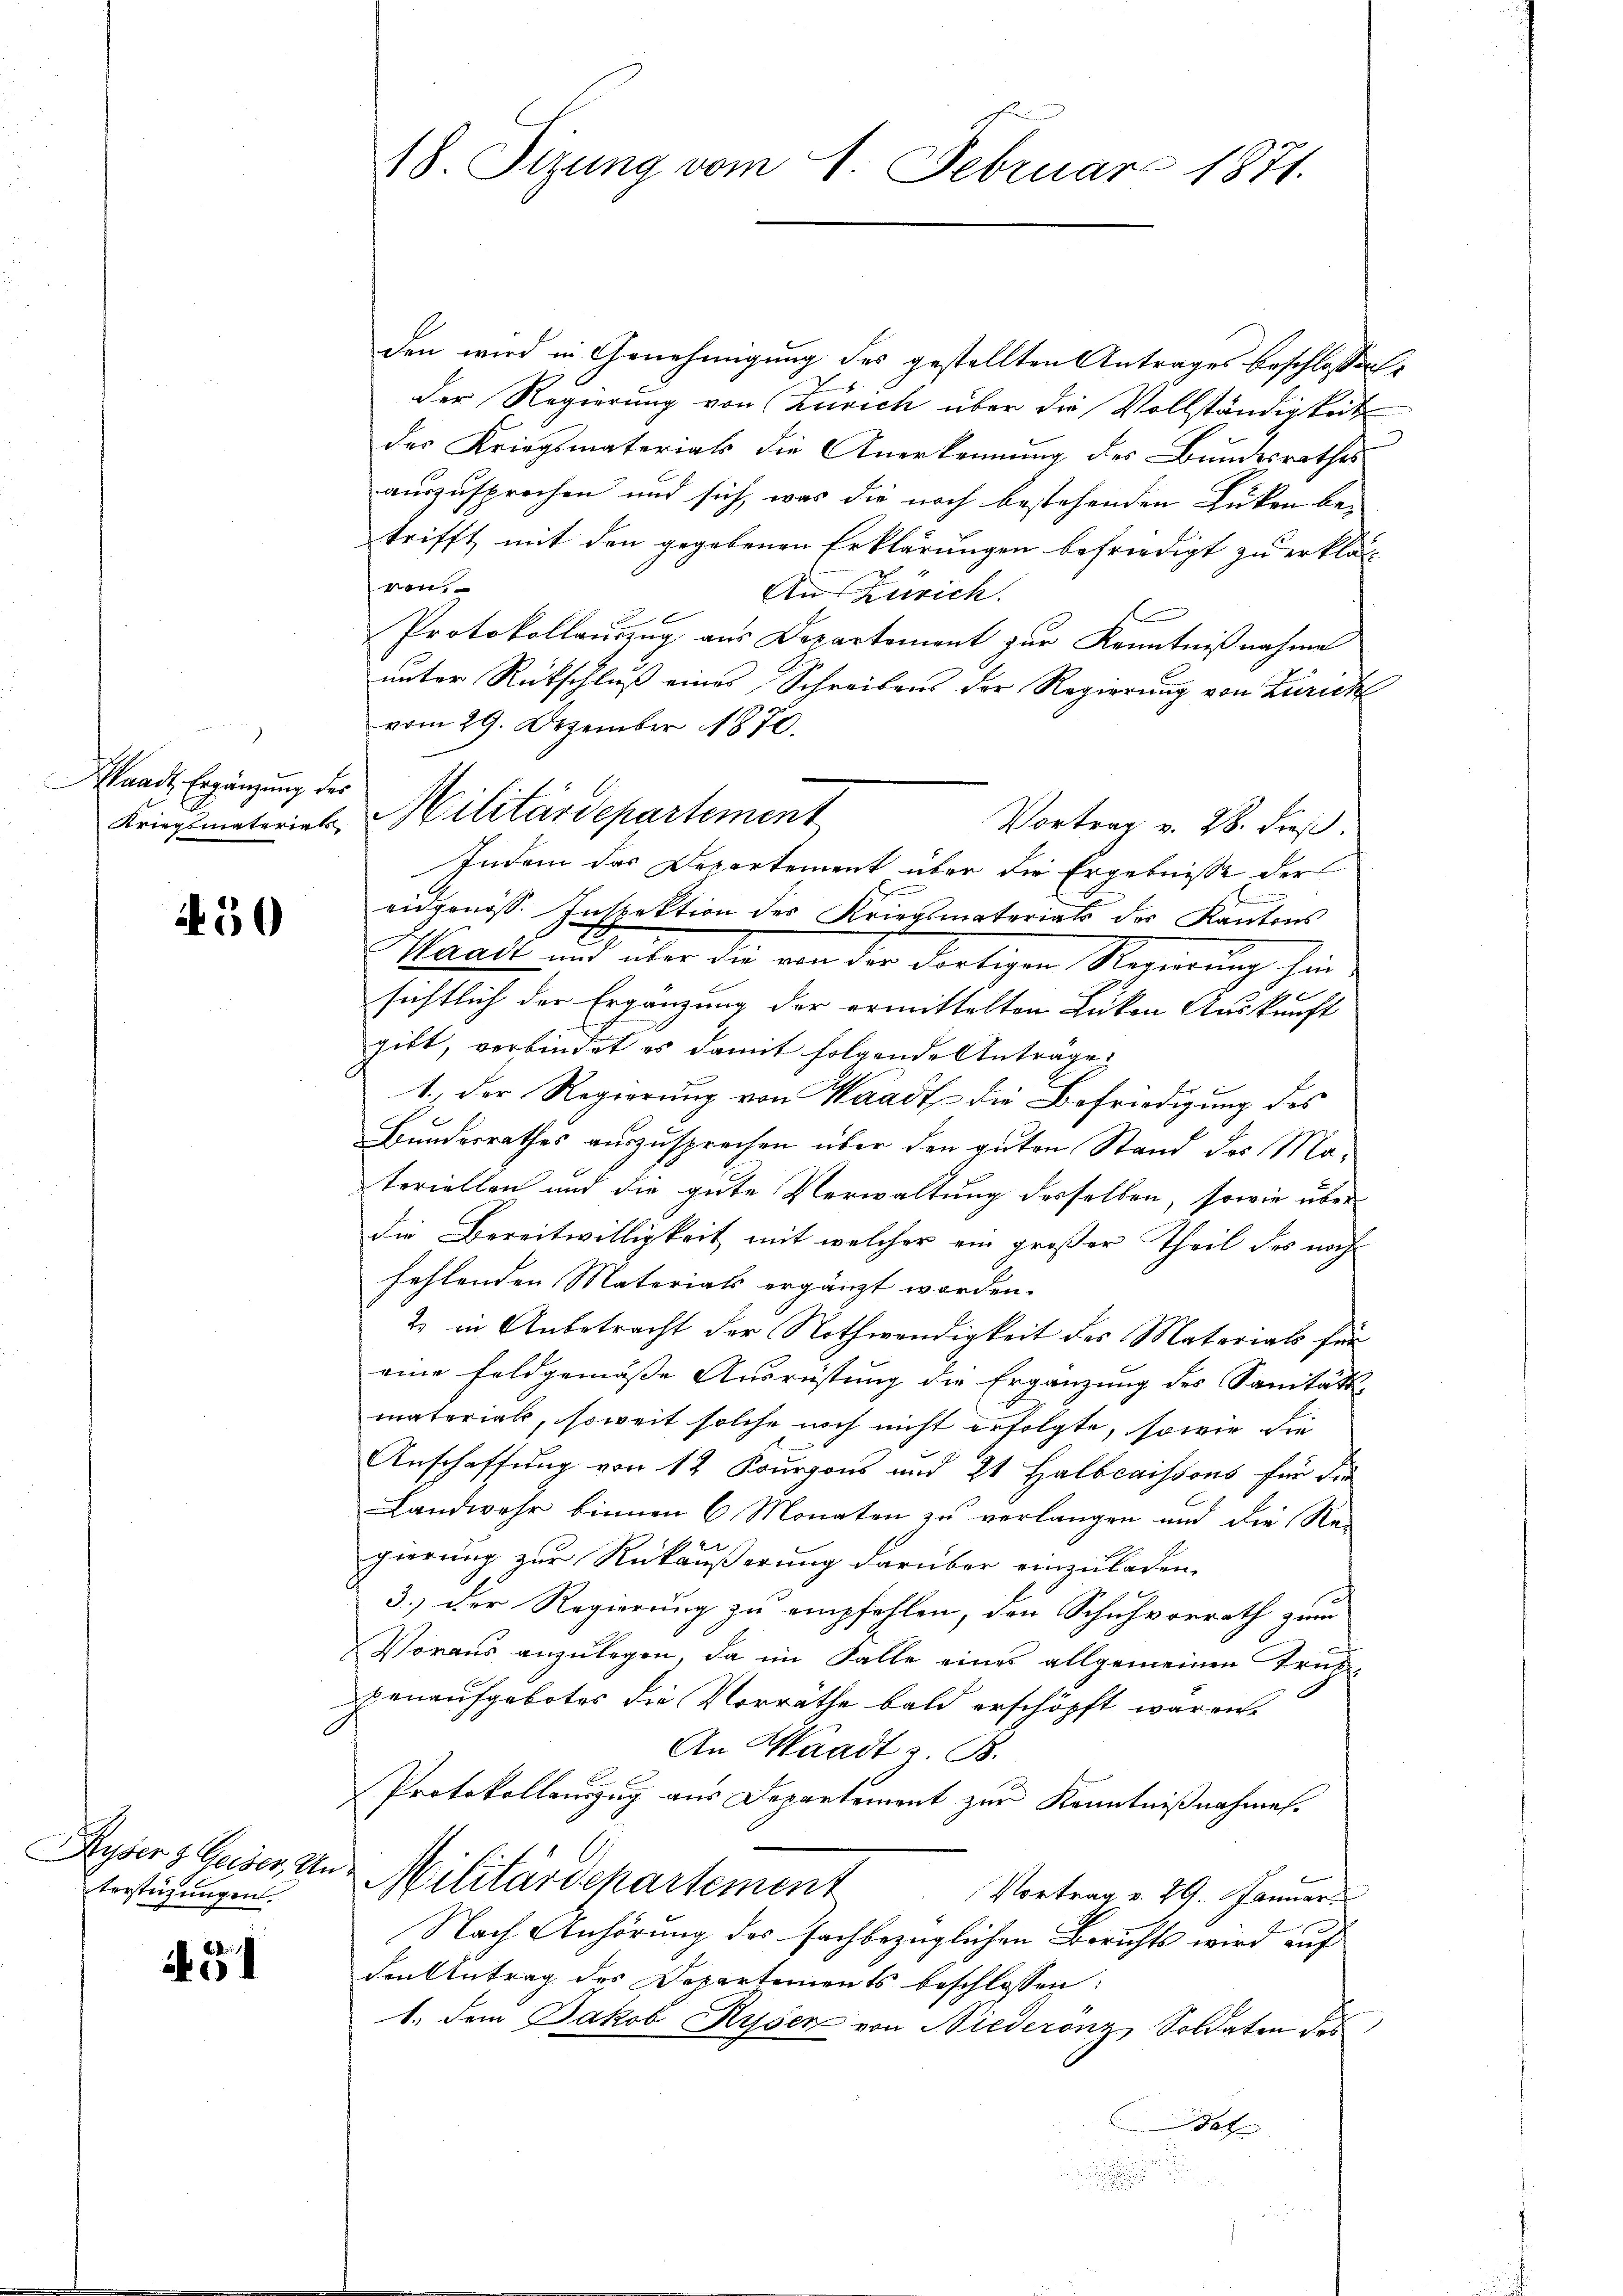
Waadt, Ergänzung des

50

Ryser 3 Geiser, An
terstüzungen.

451

18. Sizung vom 1. Februar 1871.

den wird in Genehmigung des gestellten Antrages beschlossen:
der Regierung von Zürich über die Vollständigkeit
des Kriegsmaterials die Anerkennung des Bundesrathes
auszusprochen und sich, was die noch bestehenden Luken be-
trifft mit den gegebenen Erklärungen befriedigt zu erklär
ven.
An Zürich.
x
Protokollauszug aus Departement zur Kenntnißnahme
unter Rückschluß eines Schreibens der Regierung von Zürich
vom 29. Dezember 1870.
Vortrag v. 28. dieß.
Indem das Departement über die Ergebnisse der
eidgenöss. Inspektion des Kriegsmaterials des Kantons
Waadt und über die von der dortigen Regierung sein
2 x
sichtlich der Ergänzung der ermittelten Luken Auskunft
gibt, verbindet es damit folgende Antrage:
1., der Regierung von Waadt die Befriedigung des
Bundesrathes auszusprechen über den guten Stand des Materiellen und die gute Verwaltung desselben, sowie über
die Bereitwilligkeit mit welcher ein großer Theil des noch
fehlenden Materials ergänzt worden.
2) in Anbetracht der Nothwendigkeit des Materials für
eine Feldgemässe Ausrüstung die Ergänzung des Sanitäts-
material, soweit solche noch nicht erfolgte, sowie die
Anschaftung von 12 Kourpons und 21t Halbcaissons für die
Landwehr binnen 6 Monaten zu verlangen und die Re-
gierung zur Rückäußerung darüber einzuladen.
3.) Der Regierung zu empfehlen, den Schuhvorrath zum
Voraus anzulegen, da im Falle eines allgemeinen Trupenaufgebotes die Vorräthe bald erschöpft waren.
An Waadt z. B.
Protokollauszug aus Departement zur Kenntnißnahmen.
Militärdepartement
Vortrag v. 29. Januar
Nach Anhörung des fachbezüglichen Berichts wird auf
denktetrag des Departements beschlossen:
1.) Dem Jakob Ryser von Niederenz, Soldaten des
t

Kriegsmaterial, Militärdepartement